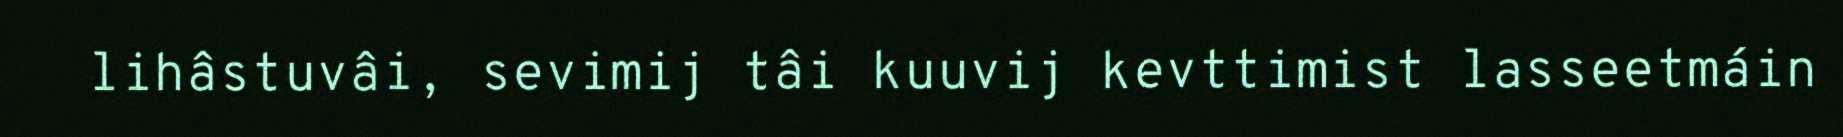
lihâstuvâi, sevimij tâi kuuvij kevttimist lasseetmáin